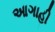
આગાહી